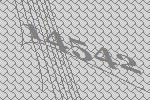
14542